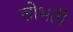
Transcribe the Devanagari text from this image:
लोभती